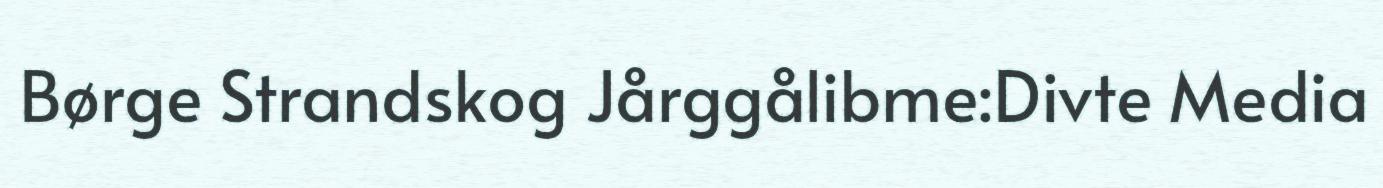
Børge Strandskog Jårggålibme:Divte Media